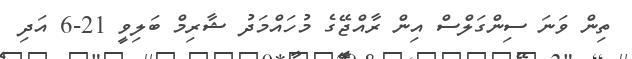
ތިން ވަނަ ސިންގަލްސް އިން ރާއްޖޭގެ މުހައްމަދު ޝާރިމް ބަލިވީ 21-6 އަދި